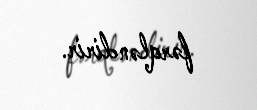
fərqləndirir.